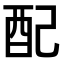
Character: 配